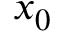
x _ { 0 }